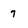
Character: 7